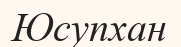
Юсупхан